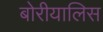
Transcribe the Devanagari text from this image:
बोरीयालिस